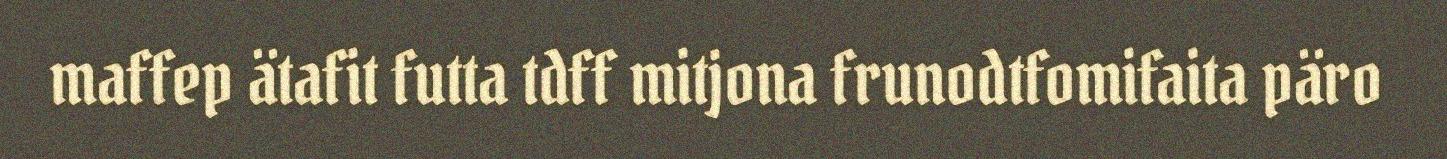
maffep ätafit futta tdff mitjona frunodtfomifaita päro